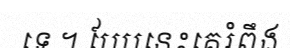
ទេ ។ បែបនេះគេរំពឹង